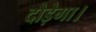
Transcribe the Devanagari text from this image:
दौड़ेगा।